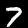
Label: 7